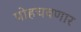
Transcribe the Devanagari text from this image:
पोहचवणार